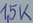
Text: 1,5K